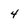
Character: 4